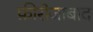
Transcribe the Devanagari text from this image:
फ़ीरोजाबाद